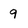
Character: q